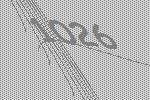
1026